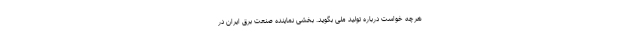
هرچه خواست درباره تولید ملی بگوید. بخشی نماینده صنعت برق ایران در